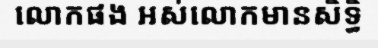
លោកផង អស់លោកមានសិទ្ធិ